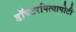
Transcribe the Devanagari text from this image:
डॉक्टरपित्यापोटी